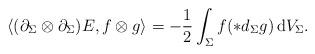
LaTeX: \begin{align*} \left\langle (\partial_\Sigma \otimes \partial_\Sigma)E, f \otimes g \right\rangle = - \frac{1}{2} \int_\Sigma f (*d_\Sigma g) \, \mathrm{d}V_\Sigma. \end{align*}